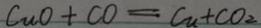
C u O + C O = C u + C O _ { 2 }